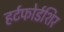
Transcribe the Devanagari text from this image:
हर्टफोर्डशिर